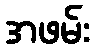
အဖမ်း